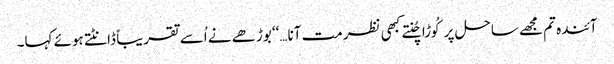
آئندہ تم مجھے ساحل پر کُوڑا چُنتےکبھی نظر مت آنا…‘‘ بوڑھے نے اُسے تقریباً ڈانٹتے ہوئے کہا۔